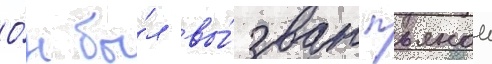
О́н бы́л вы́зван пьянои